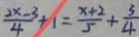
\frac { 2 x - 3 } { 4 } + 1 = \frac { x + 2 } { 5 } + \frac { 3 } { 4 }